Vaccination in the Punjab 1897-1904 - 1897-1904
Year: 1897
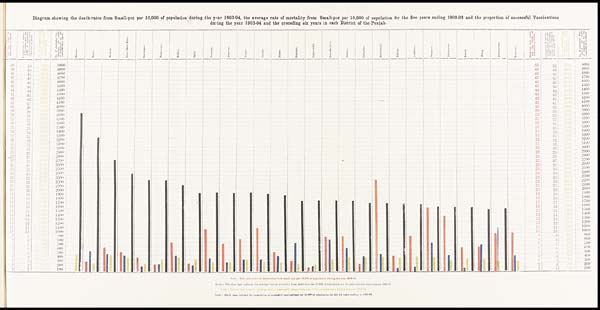
Diagram showing the death-rates from Small-pox per 10,000 of population during the year 1903-04, the average rate of mortality from Small-pox per 10,000 of population for the five years ending 1902-03 and the proportion of successful Vaccinations
during the year 1903-04 and the preceding six years in each District of the Punjab.